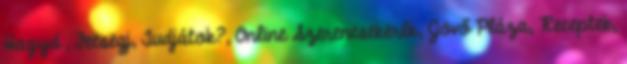
Hagyd , Fecsegj, Tudjátok?, Online Szerencsekerék, Jövő Pláza, Receptek,